画像に写った文字を読んでください
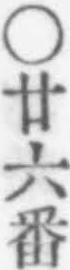
「○廿六番」と書いてあります